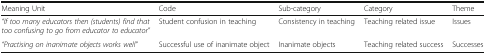
| Meaning Unit | Code | Sub-category | Category | Theme |
 | --- | --- | --- | --- | --- |
 | “If too many educators then (students) find that too confusing to go from educator to educator” | Student confusion in teaching | Consistency in teaching | Teaching related issue | Issues |
 | “Practising on inanimate objects works well” | Successful use of inanimate object | Inanimate objects | Teaching related success | Successes |